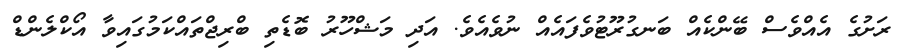
ރަށުގެ އެއްވެސް ބޭންކެއް ބަނގުރޫޓުވެފައެއް ނުވެއެވެ. އަދި މަޝްހޫރު ބޮޑެތި ބްރިޖްތައްކަމުގައިވާ އޯކްލެންޑް